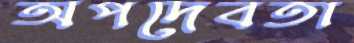
অপদেবতা